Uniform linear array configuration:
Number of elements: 24
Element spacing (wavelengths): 0.75
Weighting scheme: uniform
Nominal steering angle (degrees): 30
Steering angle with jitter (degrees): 29.609
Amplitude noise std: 0.05
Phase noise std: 0.05

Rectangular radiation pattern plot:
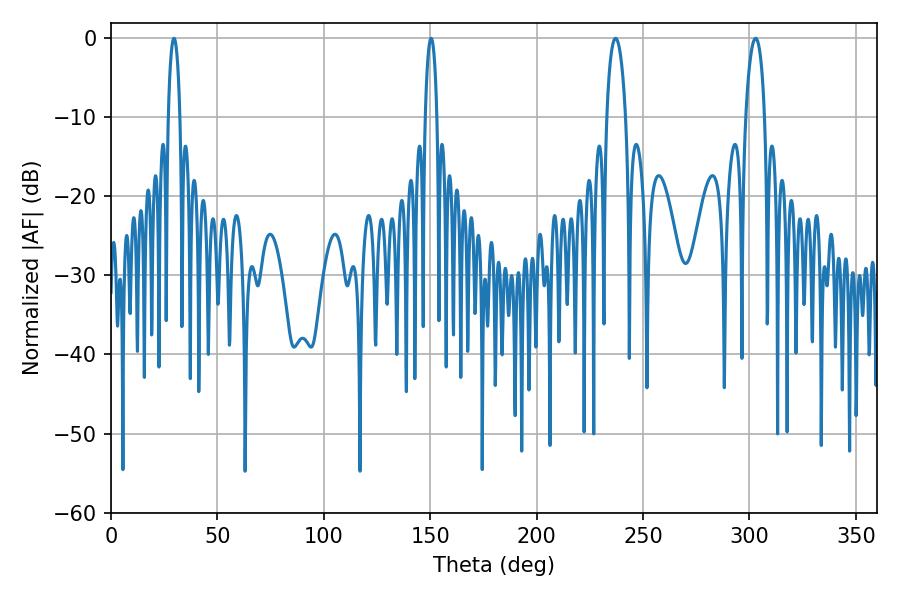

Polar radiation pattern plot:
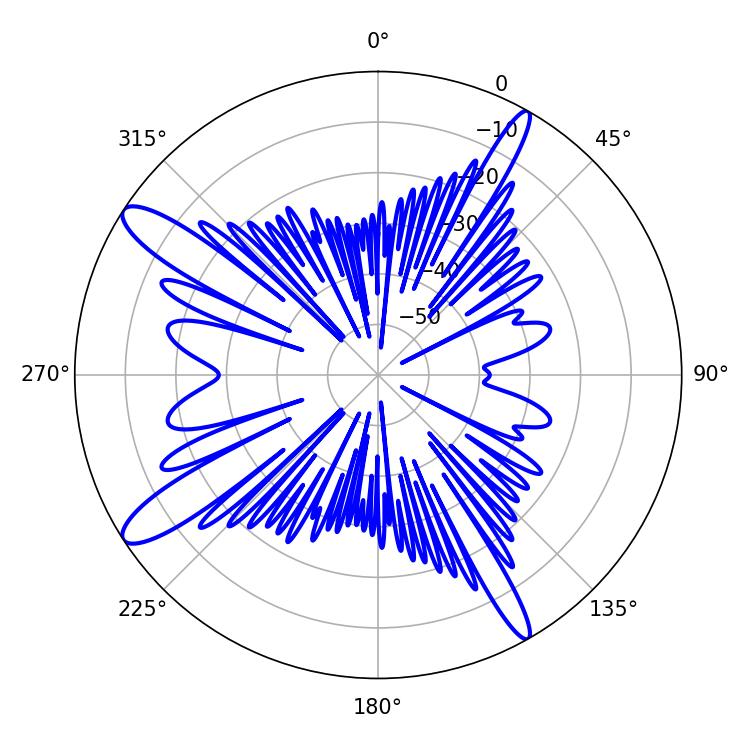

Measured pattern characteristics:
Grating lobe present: TRUE
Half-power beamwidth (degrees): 5.04
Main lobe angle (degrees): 237.06